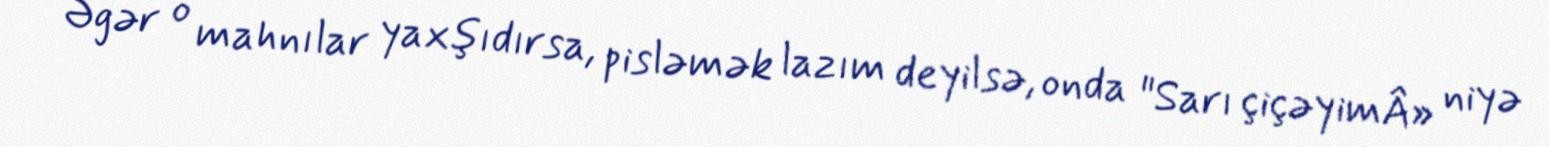
Əgər o mahnılar yaxşıdırsa, pisləmək lazım deyilsə, onda "Sarı çiçəyimÂ» niyə